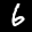
Label: 6